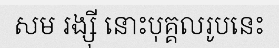
សម រង្ស៊ី នោះបុគ្គលរូបនេះ